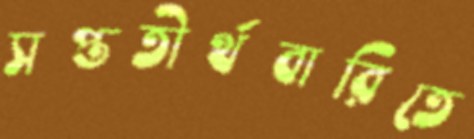
সপ্ততীর্থবারিতে